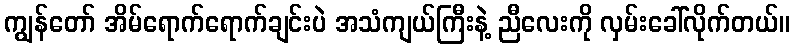
ကျွန်တော် အိမ်ရောက်ရောက်ချင်းပဲ အသံကျယ်ကြီးနဲ့ ညီလေးကို လှမ်းခေါ်လိုက်တယ်။